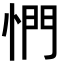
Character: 㥃